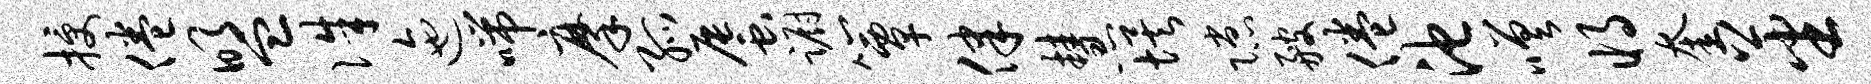
授倦盟侏迤喘摩孤蜃蹰簟律慧埃隙艘倦池嗟将奎蕃